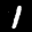
Label: 1